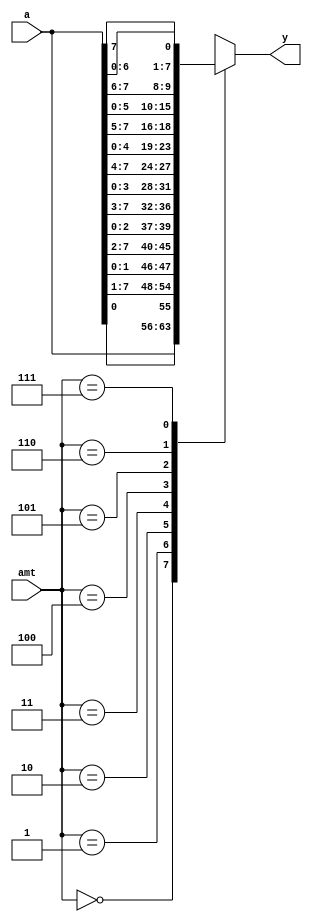
module barrel_shifter_case(
    input wire[7:0] a,
    input wire[2:0] amt,
    output reg[7:0] y
);

always @(*)
    case (amt)
    0: y = a;
    1: y = {a[0], a[7:1]};
    2: y = {a[1:0], a[7:2]};
    3: y = {a[2:0], a[7:3]};
    4: y = {a[3:0], a[7:4]};
    5: y = {a[4:0], a[7:5]};
    6: y = {a[5:0], a[7:6]};
    7: y = {a[6:0], a[7]};
    endcase

endmodule